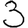
Digit: 3